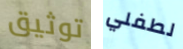
توثيق لطفلي